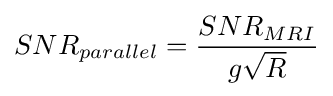
SNR_{parallel}={\frac {SNR_{MRI}}{g{\sqrt {R}}}}